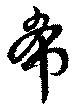
希